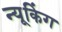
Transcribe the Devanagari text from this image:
न्यूकिंग